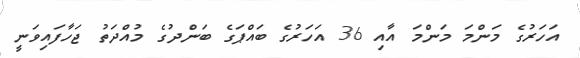
އަހަރުގެ މަންމަ މަންމަ އާއި 36 އަހަރުގެ ބައްޕަގެ ބަންދުގެ މުއްދަތު ޖަހާފައިވަނީ